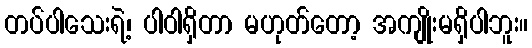
တပ်ပါသေးရဲ့၊ ပါဝါရှိတာ မဟုတ်တော့ အကျိုးမရှိပါဘူး။